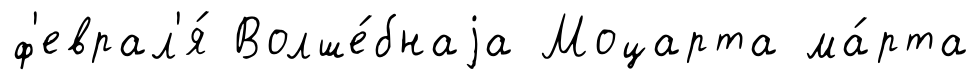
ф'еврал'я́ Волше́бнаjа Моцарта ма́рта